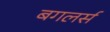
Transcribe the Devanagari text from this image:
बगलर्स